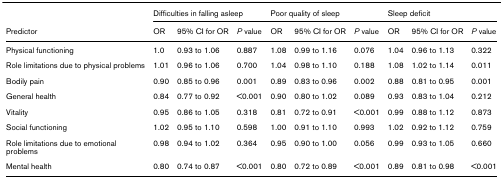
|  | <COLSPAN=3> Difficulties in falling asleep | <COLSPAN=3> Poor quality of sleep | <COLSPAN=3> Sleep deficit |
 | Predictor | OR | 95% CI for OR | P value | OR | 95% CI for OR | P value | OR | 95% CI for OR | P value |
 | --- | --- | --- | --- | --- | --- | --- | --- | --- | --- |
 | Physical functioning | 1.0 | 0.93 to 1.06 | 0.887 | 1.08 | 0.99 to 1.16 | 0.076 | 1.04 | 0.96 to 1.13 | 0.322 |
 | Role limitations due to physical problems | 1.01 | 0.96 to 1.06 | 0.700 | 1.04 | 0.98 to 1.10 | 0.188 | 1.08 | 1.02 to 1.14 | 0.011 |
 | Bodily pain | 0.90 | 0.85 to 0.96 | 0.001 | 0.89 | 0.83 to 0.96 | 0.002 | 0.88 | 0.81 to 0.95 | 0.001 |
 | General health | 0.84 | 0.77 to 0.92 | <0.001 | 0.90 | 0.80 to 1.02 | 0.089 | 0.93 | 0.83 to 1.04 | 0.212 |
 | Vitality | 0.95 | 0.86 to 1.05 | 0.318 | 0.81 | 0.72 to 0.91 | <0.001 | 0.99 | 0.88 to 1.12 | 0.873 |
 | Social functioning | 1.02 | 0.95 to 1.10 | 0.598 | 1.00 | 0.91 to 1.10 | 0.993 | 1.02 | 0.92 to 1.12 | 0.759 |
 | Role limitations due to emotional problems | 0.98 | 0.94 to 1.02 | 0.364 | 0.95 | 0.90 to 1.00 | 0.056 | 0.99 | 0.93 to 1.05 | 0.660 |
 | Mental health | 0.80 | 0.74 to 0.87 | <0.001 | 0.80 | 0.72 to 0.89 | <0.001 | 0.89 | 0.81 to 0.98 | <0.001 |